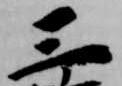
三